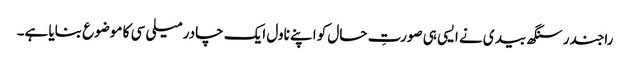
راجندر سنگھ بیدی نے ایسی ہی صورتِ حال کو اپنے ناول ایک چادر میلی سی کا موضوع بنایا ہے۔